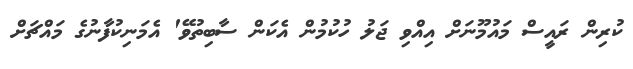
ކުރިން ރައީސް މައުމޫނަށް އިއްވި ޖަލު ހުކުމުން އެކަން ސާބިތުވޭ' އެމަނިކުފާނުގެ މައްޗަށް